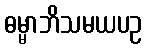
ဓမ္မာဘိသမယပဥ